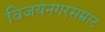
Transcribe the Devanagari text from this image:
विजयनगरसम्राट